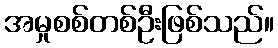
အမှုစစ်တစ်ဦးဖြစ်သည်။